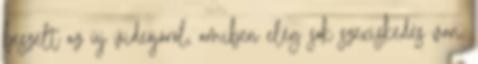
beszélt az új videójáról, amiben elég sok szexiskedés van,